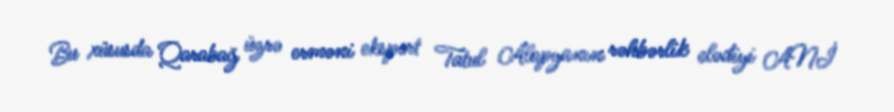
Bu xüsusda Qarabağ üzrə erməni ekspert Tatul Alopyanın rəhbərlik elədiyi ANİ